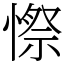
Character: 憏